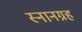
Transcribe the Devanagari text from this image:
स्नानग्रह